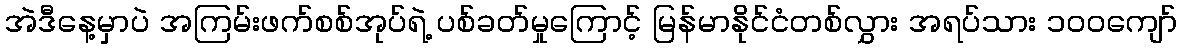
အဲဒီနေ့မှာပဲ အကြမ်းဖက်စစ်အုပ်ရဲ့ ပစ်ခတ်မှုကြောင့် မြန်မာနိုင်ငံတစ်လွှား အရပ်သား ၁၀၀ကျော်